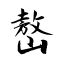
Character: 嶅